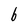
Character: b